Scottish Leaving Certificate Examination, 1951
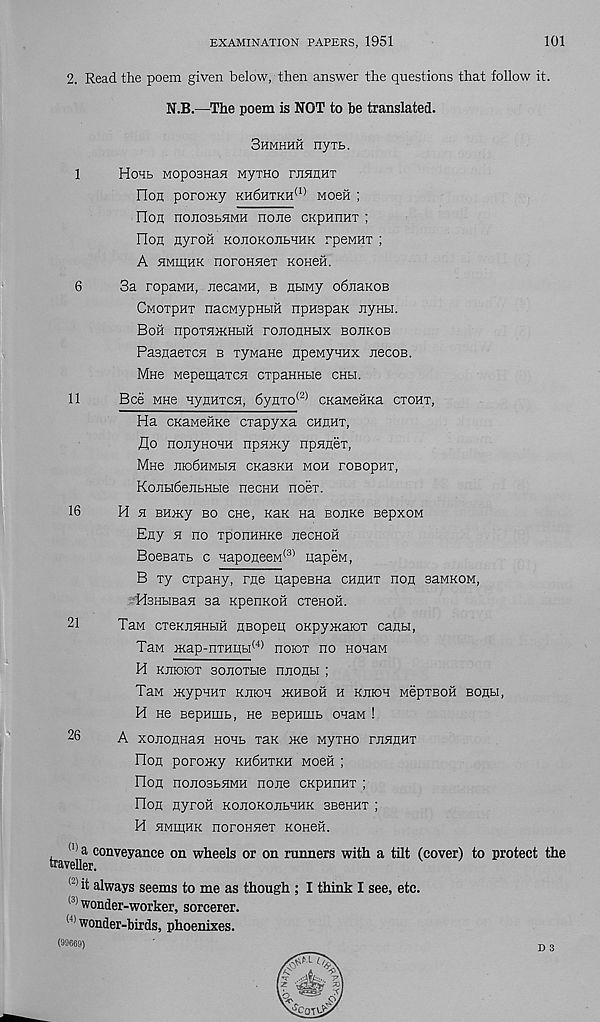
EXAMINATION PAPERS, 1951
101
2. Read the poem given below, then answer the questions that follow it.
N.B.—The poem is NOT to be translated.
3hmhhh nyrb.
1
HOHL M0p03Ha5I MyTHO rJIHEHT
Oon poromy kh6htkh (1) Moefi ;
Ooh nojiosbsiMH none ckphiiht ;
Hon nyron KonoKonbHHK rpeMnx ;
A simikhk noroHnex KOHefi.
6
3a ropaMH, necaMH, b ntiMy obnaKOB
CMoxpnx nacMypHbiH npHspaK Jiynbi.
Boil npoxniKHbiH rononHbix bojikob
PasHaexcH b xyMane npeMynHx necoB.
Mne wepemaxcH cxpaenbie CHbi.
11
Bee MHe HyHHxcn, 6ynxo (2) CKaMeiiKa cxoht,
Ha GKaMeiiKe exapyxa chuhx,
flo nonyHOHH npniKy npnnex,
Mho JiiobHMbin CKasKH moh roBopHx,
Konbi6eJibHbie necHH noex.
16
H n BHiKy bo chc, Kan na BoiiKe BepxoM
Eny n no xponHHKe necHoii
BoeBaxb c HaponeeM (3) napeM,
B xy expany, rne napesHa chhhx non saMKOM,
HsHbiBan sa KpenKOH cxeHOH.
21
Tan cxeKiiHHbiH HBopen oRpyxcaioT canbi,
Tan x<ap-nxHiibi (4) noiox no Honaw
H kjiioiot sonoxbie nnonbi ;
Taw mypHHT kjiioh ikhboh h kjiioh MepxBOH boubi,
H ne sepHiiib, He BepHinb onaM !
26
A xojionHan hohb xax me MyxHO phhuht
Hon poroiKy kh6hxkh woeii ;
Hon noiiosbHMH none ckphhht ;
Oon nyroli KonoKonbHHK sBeHnx ;
H hmiuhk noroHHex KOHeii.
(1) a conveyance on wheels or on runners with a tilt (cover) to protect the
traveUer.
<2> it always seems to me as though ; I think I see, etc.
l3) wonder-worker, sorcerer.
f;i wonder-birds, phoenixes.